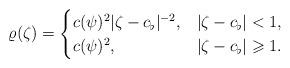
LaTeX: \begin{align*}\varrho (\zeta )=\begin{cases}c(\psi )^2\vert \zeta -c_\flat \vert ^{-2}, &\vert \zeta -c_\flat \vert <1,\\c(\psi )^2, &\vert \zeta -c_\flat \vert \geqslant 1.\end{cases}\end{align*}